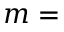
m =